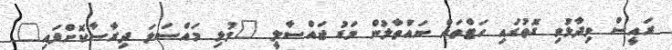
ރައީސް ވިދާޅުވި ގޮތުގައި ހަޓްތައް ނައްތާލުން މަޑު ޖައްސާލީ "މުޅި މައްސަލަ ދިރާސާކޮށްފައި"